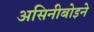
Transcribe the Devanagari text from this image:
असिनीबोइने